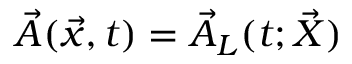
\vec { A } ( \vec { x } , t ) = \vec { A } _ { L } ( t ; \vec { X } )